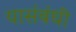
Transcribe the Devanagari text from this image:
यासंबंधीं